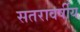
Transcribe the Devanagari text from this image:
सतरावर्षीय